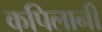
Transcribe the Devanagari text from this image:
कपिलानी